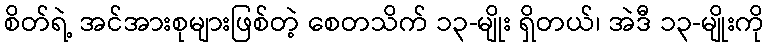
စိတ်ရဲ့ အင်အားစုများဖြစ်တဲ့ စေတသိက် ၁၃-မျိုး ရှိတယ်၊ အဲဒီ ၁၃-မျိုးကို